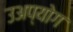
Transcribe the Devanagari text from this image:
उअप्योग